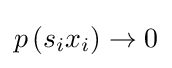
p\left(s_{i}x_{i}\right)\to 0